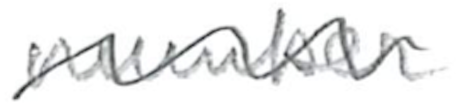
Text: number
Cross-out: wave
Writing tool: pencil